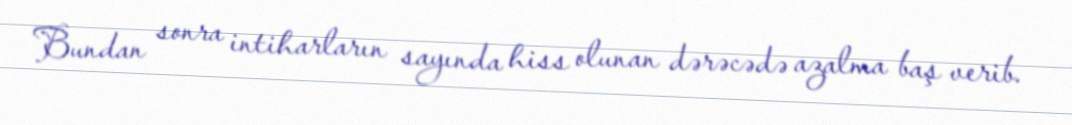
Bundan sonra intiharların sayında hiss olunan dərəcədə azalma baş verib.